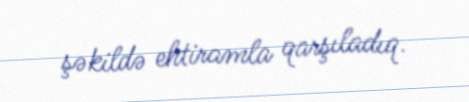
şəkildə ehtiramla qarşıladıq.